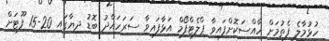
ހުޅުމާލެ ފެތުމަށް ހާއްސަކޮށްފައިވާ ޕްލެޓްފޯމް އަޅާފައިވާ ސަރަހައްދު ބޮޑު ދިޔާގައި 20-15 ފޫޓަށް